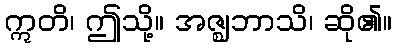
ဣတိ၊ ဤသို့။ အဇ္ဈဘာသိ၊ ဆို၏။